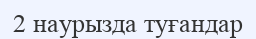
2 наурызда туғандар